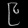
Digit: ၉